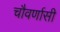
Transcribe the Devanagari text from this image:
चौवर्णासी